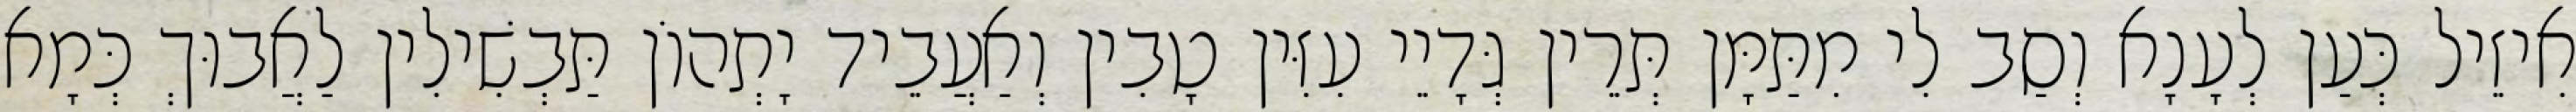
אִיזֵיל כְּעַן לְעָנָא וְסַב לִי מִתַּמָּן תְּרֵין גְּדָיֵי עִזִּין טָבִין וְאַעֲבֵיד יָתְהוֹן תַּבְשִׁילִין לַאֲבוּךְ כְּמָא